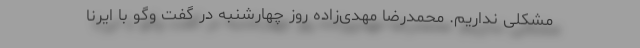
مشکلی نداریم. محمدرضا مهدی‌زاده روز چهارشنبه در گفت وگو با ایرنا